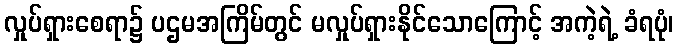
လှုပ်ရှားစေရာ၌ ပဌမအကြိမ်တွင် မလှုပ်ရှားနိုင်သောကြောင့် အကဲ့ရဲ့ ခံရပုံ၊